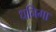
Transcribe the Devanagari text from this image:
धनिगा